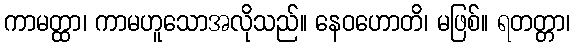
ကာမတ္ထာ၊ ကာမဟူသောအလိုသည်။ နေဝဟောတိ၊ မဖြစ်။ ရတတ္တာ၊